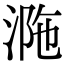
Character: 𣵺